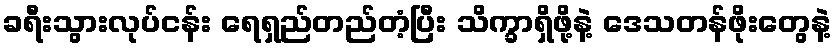
ခရီးသွားလုပ်ငန်း ရေရှည်တည်တံ့ပြီး သိက္ခာရှိဖို့နဲ့ ဒေသတန်ဖိုးတွေနဲ့